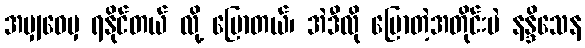
အမျှဝေမှ ရနိုင်တယ် လို့ ပြောတယ်၊ အဲဒီလို ပြောတဲ့အတိုင်းပဲ နန္ဒိသေန